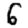
Digit: 6